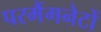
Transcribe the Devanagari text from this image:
परमैंगनेटों